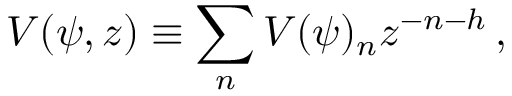
V ( \psi , z ) \equiv \sum _ { n } V ( \psi ) _ { n } z ^ { - n - h } \, ,